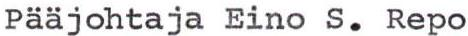
Pääjohtaja Eino S. Repo